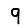
Digit: 9